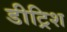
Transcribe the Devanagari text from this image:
डीट्रिश